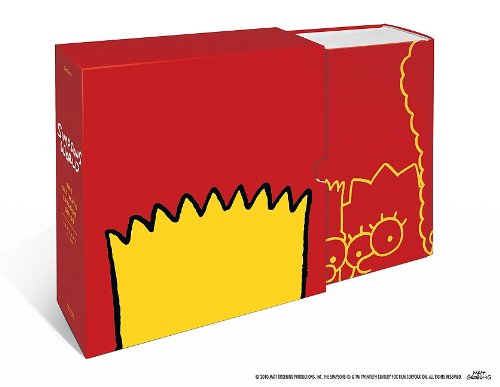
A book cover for Simpsons World: The Ultimate Episode Guide, Seasons 1-20; Matt Groening; Humor & Entertainment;